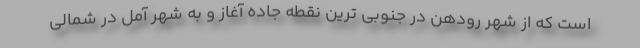
است که از شهر رودهن در جنوبی ترین نقطه جاده آغاز و به شهر آمل در شمالی